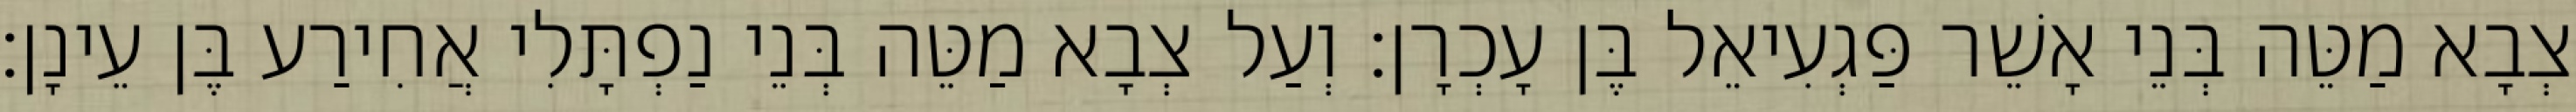
צְבָא מַטֵּה בְּנֵי אָשֵׁר פַּגְעִיאֵל בֶּן עָכְרָן׃ וְעַל צְבָא מַטֵּה בְּנֵי נַפְתָּלִי אֲחִירַע בֶּן עֵינָן׃